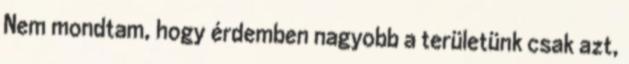
Nem mondtam, hogy érdemben nagyobb a területünk csak azt,